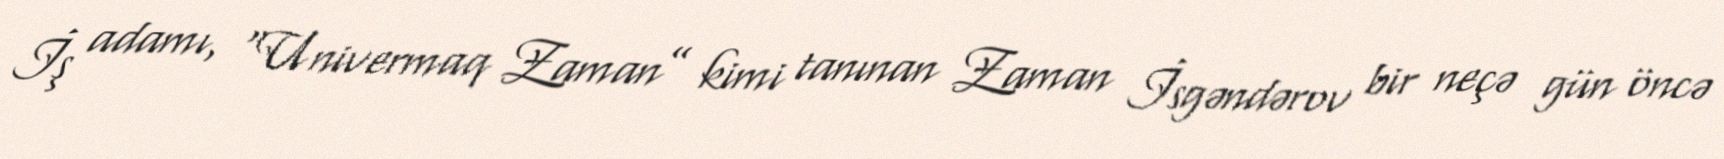
İş adamı, “Univermaq Zaman” kimi tanınan Zaman İsgəndərov bir neçə gün öncə